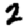
Digit: 2